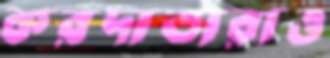
করদাতারাও